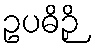
ဥပဓိဉှိ